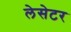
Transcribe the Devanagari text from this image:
लेसेटर